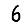
Digit: 6